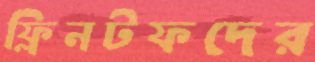
ফ্লিনটফদের